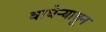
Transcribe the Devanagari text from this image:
वाघेऱ्यातून